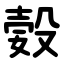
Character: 㜌